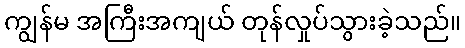
ကျွန်မ အကြီးအကျယ် တုန်လှုပ်သွားခဲ့သည်။